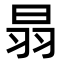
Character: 𦐇